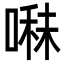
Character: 𭉬